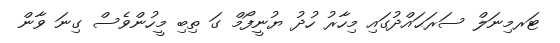
ޓަރމިނަލް ސަރަޙައްދުގައި މިހާރު ހުދު ޔުނީފޯމް ގަ ތިބި މީހުންވެސް ގިނަ ވާން